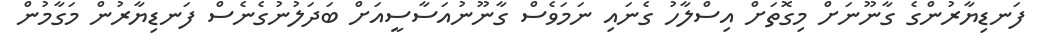
ފަނޑިޔާރުންގެ ގާނޫނަށް މިގޮތަށް އިސްލާހު ގެނައި ނަމަވެސް ގާނޫނުއަސާސީއަށް ބަދަލުނުގެނެސް ފަނޑިޔާރުން މަގާމުން